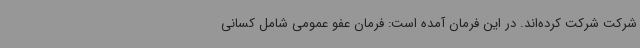
شرکت شرکت کرده‌اند. در این فرمان آمده است: فرمان عفو عمومی شامل کسانی